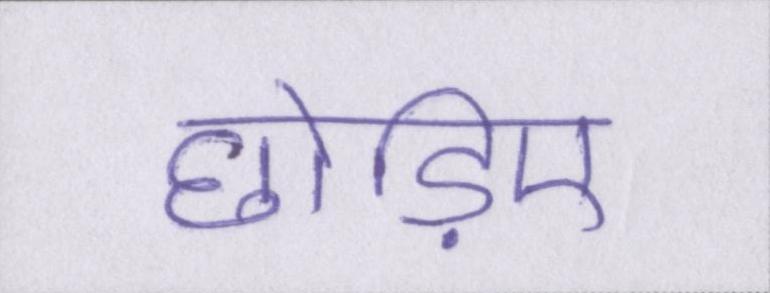
छोड़िए